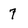
Character: 7